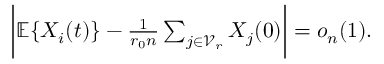
\begin{array} { r } { \bigg | \mathbb { E } \{ X _ { i } ( t ) \} - \frac { 1 } { r _ { 0 } n } \sum _ { j \in \mathcal { V } _ { r } } X _ { j } ( 0 ) \bigg | = o _ { n } ( 1 ) . } \end{array}